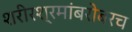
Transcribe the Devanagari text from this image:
शरीरश्रमांबरोबरच